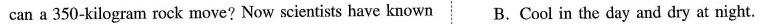
can a350-kilogram rock move? Now scientists have known B.Cool in the day and dry at night.